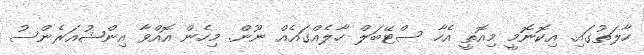
ހާލަތުގައި. އިކޮނޮމީ މިއޮތީ އެހާ ސްޓޭބަލް ހާލެއްގައެއް ނޫން. މިހެން އޮއްވާ އިންޝުއަރެންސު